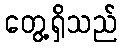
တွေ့ရှိသည်